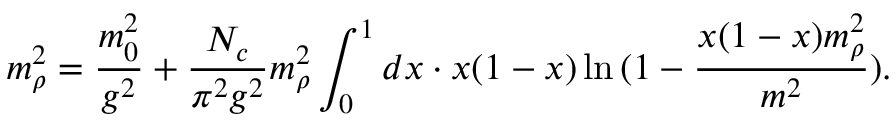
m _ { \rho } ^ { 2 } = \frac { m _ { 0 } ^ { 2 } } { g ^ { 2 } } + \frac { N _ { c } } { \pi ^ { 2 } g ^ { 2 } } m _ { \rho } ^ { 2 } \int _ { 0 } ^ { 1 } d x \cdot x ( 1 - x ) \ln { ( 1 - \frac { x ( 1 - x ) m _ { \rho } ^ { 2 } } { m ^ { 2 } } ) } .